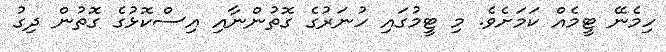
ހިމެނޭ ޓީމެއް ކަމަށެވެ. މި ޓީމުގައި ހުނަރުގެ ގޮތުންނާއި އިސްކޮޅުގެ ގޮތުން ދިގު